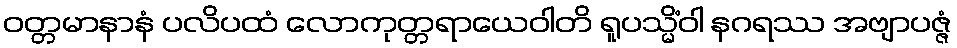
ဝတ္တမာနာနံ ပလိပထံ လောကုတ္တရာယေဝါတိ ရူပသ္မိံဝါ နဂရဿ အဗျာပဇ္ဇံ